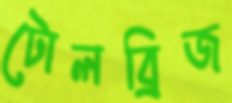
টোলব্রিজ